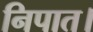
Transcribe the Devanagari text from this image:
निपात।